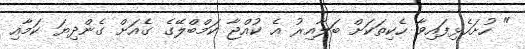
" ހުށަހެޅިފައިވާ ހެކިތަކަށް ބަލާއިރު އެ ކުއްޖާ ކަމްބްލޭގެ ގެއަށް ގެންދިޔަ ކަމާއި